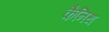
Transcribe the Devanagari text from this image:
कैनिथ